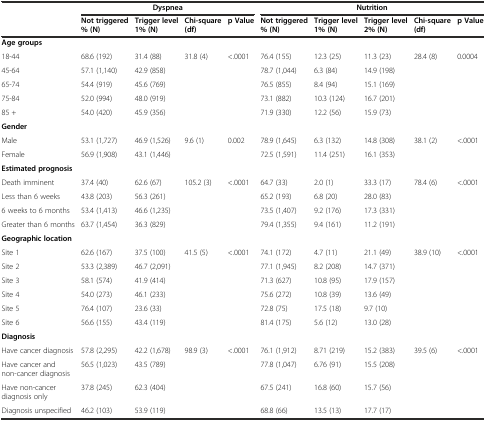
<table><thead><tr><td rowspan="2"></td><td colspan="4"><b>Dyspnea</b></td><td colspan="5"><b>Nutrition</b></td></tr><tr><td><b>Not triggered % (N)</b></td><td><b>Trigger level 1% (N)</b></td><td><b>Chi-square (df)</b></td><td><b>p Value</b></td><td><b>Not triggered % (N)</b></td><td><b>Trigger level 1% (N)</b></td><td><b>Trigger level 2% (N)</b></td><td><b>Chi-square (df)</b></td><td><b>p Value</b></td></tr></thead><tbody><tr><td colspan="10"><b>Age groups</b></td></tr><tr><td>18-44</td><td>68.6 (192)</td><td>31.4 (88)</td><td>31.8 (4)</td><td>&lt;.0001</td><td>76.4 (155)</td><td>12.3 (25)</td><td>11.3 (23)</td><td>28.4 (8)</td><td>0.0004</td></tr><tr><td>45-64</td><td>57.1 (1,140)</td><td>42.9 (858)</td><td></td><td></td><td>78.7 (1,044)</td><td>6.3 (84)</td><td>14.9 (198)</td><td></td><td></td></tr><tr><td>65-74</td><td>54.4 (919)</td><td>45.6 (769)</td><td></td><td></td><td>76.5 (855)</td><td>8.4 (94)</td><td>15.1 (169)</td><td></td><td></td></tr><tr><td>75-84</td><td>52.0 (994)</td><td>48.0 (919)</td><td></td><td></td><td>73.1 (882)</td><td>10.3 (124)</td><td>16.7 (201)</td><td></td><td></td></tr><tr><td>85 +</td><td>54.0 (420)</td><td>45.9 (356)</td><td></td><td></td><td>71.9 (330)</td><td>12.2 (56)</td><td>15.9 (73)</td><td></td><td></td></tr><tr><td colspan="10"><b>Gender</b></td></tr><tr><td>Male</td><td>53.1 (1,727)</td><td>46.9 (1,526)</td><td>9.6 (1)</td><td>0.002</td><td>78.9 (1,645)</td><td>6.3 (132)</td><td>14.8 (308)</td><td>38.1 (2)</td><td>&lt;.0001</td></tr><tr><td>Female</td><td>56.9 (1,908)</td><td>43.1 (1,446)</td><td></td><td></td><td>72.5 (1,591)</td><td>11.4 (251)</td><td>16.1 (353)</td><td></td><td></td></tr><tr><td colspan="10"><b>Estimated prognosis</b></td></tr><tr><td>Death imminent</td><td>37.4 (40)</td><td>62.6 (67)</td><td>105.2 (3)</td><td>&lt;.0001</td><td>64.7 (33)</td><td>2.0 (1)</td><td>33.3 (17)</td><td>78.4 (6)</td><td>&lt;.0001</td></tr><tr><td>Less than 6 weeks</td><td>43.8 (203)</td><td>56.3 (261)</td><td></td><td></td><td>65.2 (193)</td><td>6.8 (20)</td><td>28.0 (83)</td><td></td><td></td></tr><tr><td>6 weeks to 6 months</td><td>53.4 (1,413)</td><td>46.6 (1,235)</td><td></td><td></td><td>73.5 (1,407)</td><td>9.2 (176)</td><td>17.3 (331)</td><td></td><td></td></tr><tr><td>Greater than 6 months</td><td>63.7 (1,454)</td><td>36.3 (829)</td><td></td><td></td><td>79.4 (1,355)</td><td>9.4 (161)</td><td>11.2 (191)</td><td></td><td></td></tr><tr><td colspan="10"><b>Geographic location</b></td></tr><tr><td>Site 1</td><td>62.6 (167)</td><td>37.5 (100)</td><td>41.5 (5)</td><td>&lt;.0001</td><td>74.1 (172)</td><td>4.7 (11)</td><td>21.1 (49)</td><td>38.9 (10)</td><td>&lt;.0001</td></tr><tr><td>Site 2</td><td>53.3 (2,389)</td><td>46.7 (2,091)</td><td></td><td></td><td>77.1 (1,945)</td><td>8.2 (208)</td><td>14.7 (371)</td><td></td><td></td></tr><tr><td>Site 3</td><td>58.1 (574)</td><td>41.9 (414)</td><td></td><td></td><td>71.3 (627)</td><td>10.8 (95)</td><td>17.9 (157)</td><td></td><td></td></tr><tr><td>Site 4</td><td>54.0 (273)</td><td>46.1 (233)</td><td></td><td></td><td>75.6 (272)</td><td>10.8 (39)</td><td>13.6 (49)</td><td></td><td></td></tr><tr><td>Site 5</td><td>76.4 (107)</td><td>23.6 (33)</td><td></td><td></td><td>72.8 (75)</td><td>17.5 (18)</td><td>9.7 (10)</td><td></td><td></td></tr><tr><td>Site 6</td><td>56.6 (155)</td><td>43.4 (119)</td><td></td><td></td><td>81.4 (175)</td><td>5.6 (12)</td><td>13.0 (28)</td><td></td><td></td></tr><tr><td colspan="10"><b>Diagnosis</b></td></tr><tr><td>Have cancer diagnosis</td><td>57.8 (2,295)</td><td>42.2 (1,678)</td><td>98.9 (3)</td><td>&lt;.0001</td><td>76.1 (1,912)</td><td>8.71 (219)</td><td>15.2 (383)</td><td>39.5 (6)</td><td>&lt;.0001</td></tr><tr><td>Have cancer and non-cancer diagnosis</td><td>56.5 (1,023)</td><td>43.5 (789)</td><td></td><td></td><td>77.8 (1,047)</td><td>6.76 (91)</td><td>15.5 (208)</td><td></td><td></td></tr><tr><td>Have non-cancer diagnosis only</td><td>37.8 (245)</td><td>62.3 (404)</td><td></td><td></td><td>67.5 (241)</td><td>16.8 (60)</td><td>15.7 (56)</td><td></td><td></td></tr><tr><td>Diagnosis unspecified</td><td>46.2 (103)</td><td>53.9 (119)</td><td></td><td></td><td>68.8 (66)</td><td>13.5 (13)</td><td>17.7 (17)</td><td></td><td></td></tr></tbody></table>